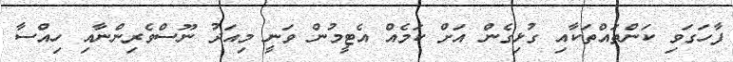
ފާހަގަވި ކަންތައްތަކާއި ގުޅިގެން އަށް ކަމެއް އެޓީމުން ވަނީ މިއަދު ނޫސްވެރިންނާއި ހިއްސާ